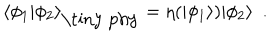
LaTeX: \langle \phi _ { 1 } | \phi _ { 2 } \rangle _ { \mathrm { \tiny ~ p h y } } = \eta ( | \phi _ { 1 } \rangle ) | \phi _ { 2 } \rangle \ \ .